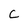
Character: C